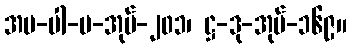
အပ-ပါ-ပ-အုပ်-၂၀၁၊ ဋ္ဌ-ဒု-အုပ်-၁၆၉။